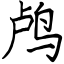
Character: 鸬